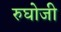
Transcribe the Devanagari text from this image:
रुघोजी